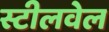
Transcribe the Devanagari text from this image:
स्टीलवेल